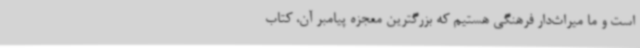
است و ما میراث‌دار فرهنگی هستیم که بزرگترین معجزه‌ پیامبر آن، کتاب